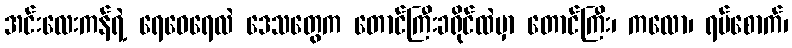
အင်းလေးကန်ရဲ့ ရေဝေရေလဲ ဒေသတွေက တောင်ကြီးခရိုင်ထဲမှာ တောင်ကြီး၊ ကလော၊ ရပ်စောက်၊